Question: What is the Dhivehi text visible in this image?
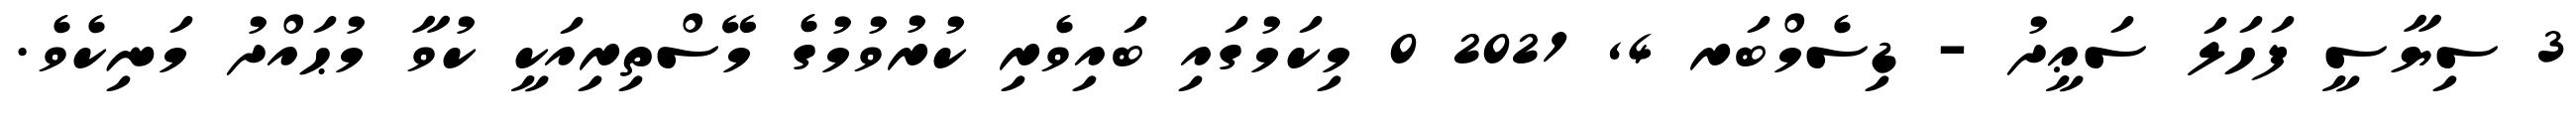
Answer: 3 ސިޔާސީ ފަހަލަ ސަޢީދު - ޑިސެމްބަރ 4, 2021 0 މިކަމުގައި ބައިވެރި ކުރުވުމުގެ މޭސްތިރިއަކީ ކުވާ މުޙައްދު މަނިކެވެ.